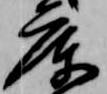
庫